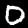
Digit: 0